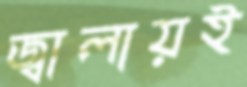
জ্বালায়ই